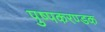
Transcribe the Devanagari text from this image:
पुष्पकरण्डक